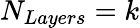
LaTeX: N_{Layers}=k